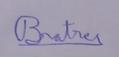
Signature authenticity: genuine